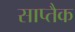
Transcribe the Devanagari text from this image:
साप्तैक